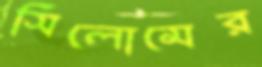
সিলোমের